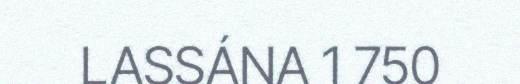
LASSÁNA 1 750